Indian journal of veterinary science and animal husbandry - Volume 7,
Year: 1937
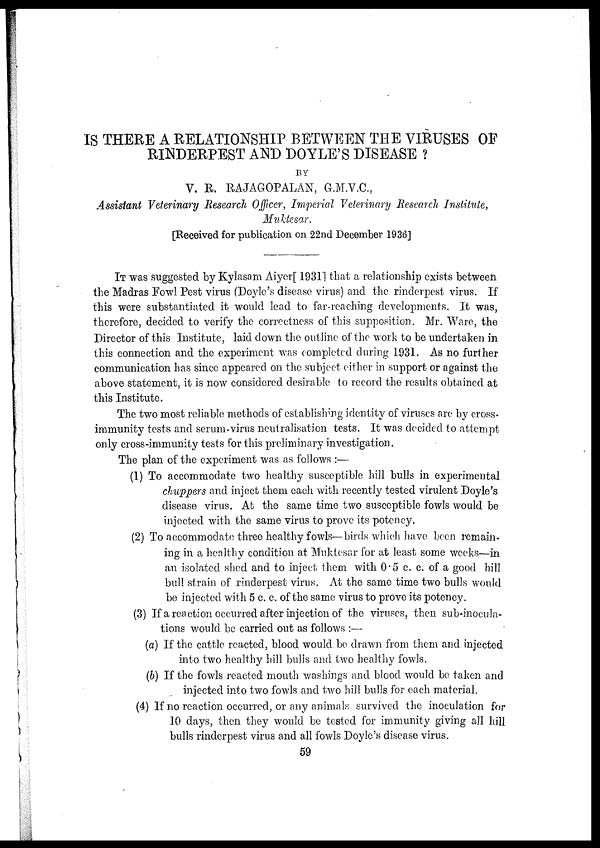
IS THERE A RELATIONSHIP BETWEEN THE VIRUSES OF
RINDERPEST AND DOYLE'S DISEASE ?
V. R. RAJAGOPALAN, G.M.V.C.,
Assistant Veterinary Research Officer, Imperial Veterinary Research Institute,
Muktesar.
[Received for publication on 22nd December 1936]
IT was suggested by Kylasam Aiyer[ 1931] that a relationship exists between
the Madras Fowl Pest virus (Doyle's disease virus) and the rinderpest virus. If
this were substantiated it would lead to far-reaching developments. It was,
therefore, decided to verify the correctness of this supposition. Mr. Ware, the
Director of this Institute, laid down the outline of the work to be undertaken in
this connection and the experiment was completed during 1931. As no further
communication has since appeared on the subject either in support or against the
above statement, it is now considered desirable to record the results obtained at
this Institute.
The two most reliable methods of establishing identity of viruses are by cross¬
immunity tests and serum-virus neutralisation tests. It was decided to attempt
only cross-immunity tests for this preliminary investigation.
The plan of the experiment was as follows :—
(1) To accommodate two healthy susceptible hill bulls in experimental
chuppers and inject them each with recently tested virulent Doyle's
disease virus. At the same time two susceptible fowls would be
injected with the same virus to prove its potency.
(2) To accommodate three healthy fowls—birds which have been remain-
ing in a healthy condition at Muktesar for at least some weeks—in
an isolated shed and to inject them with 0.5 c. c. of a good hill
bull strain of rinderpest virus. At the same time two bulls would
be injected with 5 c. c. of the same virus to prove its potency.
(3) If a reaction occurred after injection of the viruses, then sub-inocula-
tions would be carried out as follows :—
(a) If the cattle reacted, blood would be drawn from them and injected
into two healthy hill bulls and two healthy fowls.
(b) If the fowls reacted mouth washings and blood would be taken and
injected into two fowls and two hill bulls for each material.
(4) If no reaction occurred, or any animals survived the inoculation for
10 days, then they would be tested for immunity giving all hill
bulls rinderpest virus and all fowls Doyle's disease virus.
59